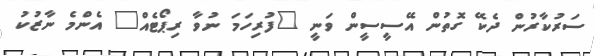
ސަރުކާރުން ދެކޭ ގޮތުން އޭސީސީން ވަނީ "ފުރިހަމަ ނުވާ ރިޕޯޓެއް" އެންމެ ނާޒުކު